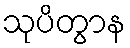
သုပိတွာန